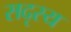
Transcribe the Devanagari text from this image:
सदृस्य